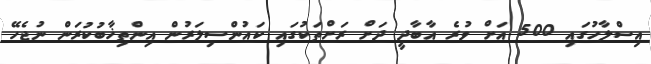
އިސްލާހުގައި 500 އަށް ވުރެ އާބާދީ ދަށް ރަށްތަކުގައި ކައުންސިލަރުން އިންތިޚާބުކުރަން ނުޖެހޭ